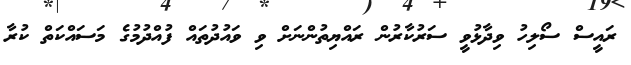
ރައީސް ސޯލިހު ވިދާޅުވީ ސަރުކާރުން ރައްޔިތުންނަށް ވި ވައުދުތައް ފުއްދުމުގެ މަސައްކަތް ކުރާ